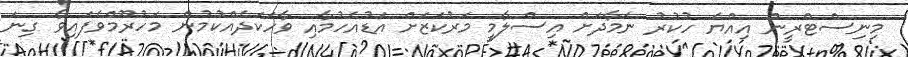
މިނިސްޓްރީން އިއްޔެ ހުކުރު ނަމާދަށް އިސްލާމީ މަރުކަޒަަށް އަޑުއެހުމާއި ވާހަކަދެއްކުމުން މަހުރޫމްވެފައިވާ ގިނަ